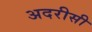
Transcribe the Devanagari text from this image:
अदरीसी